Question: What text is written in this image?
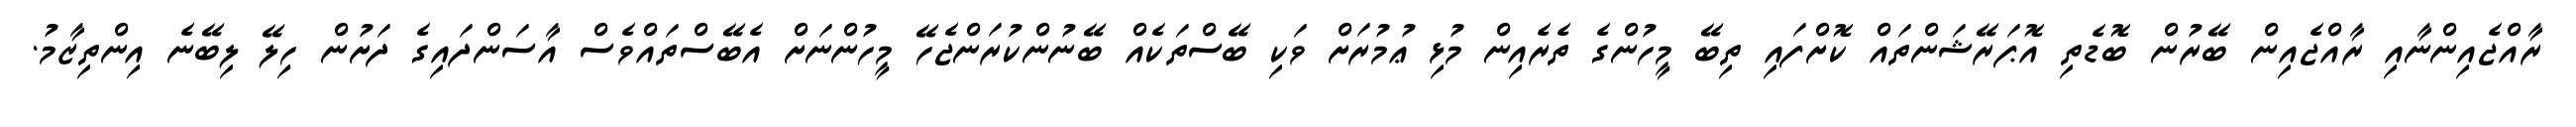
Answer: ރާއްޖެއިންނާއި ރާއްޖެއިން ބޭރުން ބޮޑެތި އޮޕަރޭޝަންތައް ކޮށްފައި ތިބޭ މީހުންގެ ތެރެއިން މުޅި ޢުމުރަށް ވަކި ބޭސްތަކެއް ބޭނުންކުރަންޖެހޭ މީހުންނަށް އެބޭސްތައްވެސް އާސަންދައިގެ ދަށުން ހިލޭ ލިބޭނެ އިންތިޒާމު.